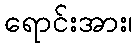
ရောင်းအား၊